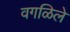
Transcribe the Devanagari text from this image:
वगळिले